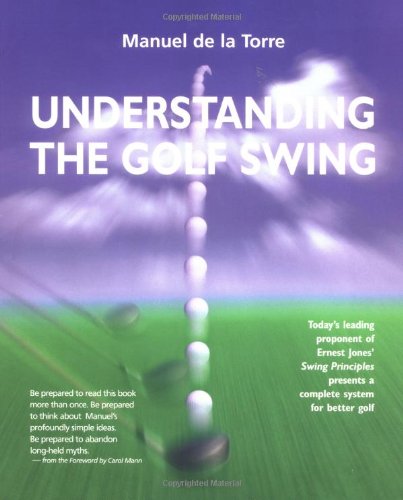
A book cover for Understanding the Golf Swing; Manuel de la Torre; Sports & Outdoors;